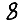
Digit: 8